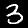
Digit: 3